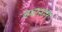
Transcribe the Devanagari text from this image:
नवारुण